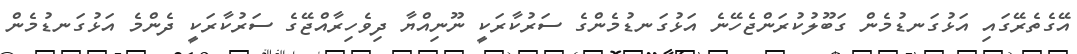
އޭގެތެރޭގައި އަޅުގަނޑުމެން ގަބޫލުކުރަންޖެހޭނެ އަޅުގަނޑުމެންގެ ސަރުކާރަކީ ނޫނިއްޔާ ދިވެހިރާއްޖޭގެ ސަރުކާރަކީ ދެންމެ އަޅުގަނޑުމެން